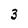
Character: 3